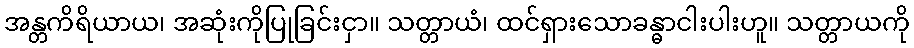
အန္တကိရိယာယ၊ အဆုံးကိုပြုခြင်းငှာ။ သတ္တာယံ၊ ထင်ရှားသောခန္ဓာငါးပါးဟူ။ သတ္တာယကို